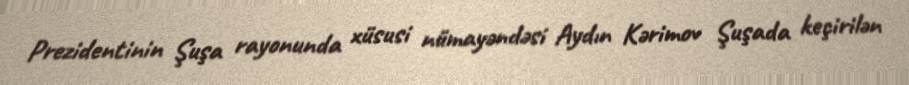
Prezidentinin Şuşa rayonunda xüsusi nümayəndəsi Aydın Kərimov Şuşada keçirilən